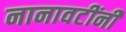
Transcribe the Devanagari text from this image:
नानावटींनी